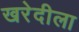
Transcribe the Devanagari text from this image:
खरेदीला